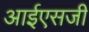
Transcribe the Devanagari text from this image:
आईएसजी